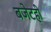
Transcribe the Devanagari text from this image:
बजेटही